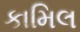
કામિલ